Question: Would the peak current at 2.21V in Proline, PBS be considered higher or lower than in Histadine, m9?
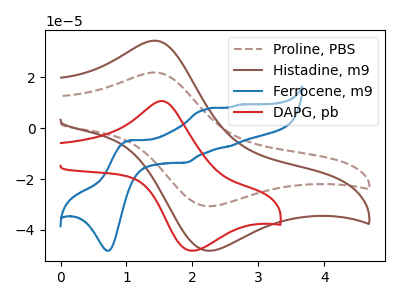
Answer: <think>The brown dashed curve "Proline, PBS" has an anodic peak at (1.45V, 21.90uA) and a cathodic peak at (2.20V, -30.60uA). The brown curve "Histadine, m9" has an anodic peak at (1.45V, 34.40uA) and a cathodic peak at (2.20V, -48.10uA). The blue curve "Ferrocene, m9" has anodic peaks at (1.05V, -4.80uA) (2.20V, 7.55uA) (2.55V, -7.05uA) (2.70V, 9.20uA) and cathodic peaks at (0.75V, -48.15uA) (1.90V, -13.50uA). The red curve "DAPG, pb" has an anodic peak at (1.55V, 10.65uA) and a cathodic peak at (2.00V, -48.15uA).</think>
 <answer>The peak at 2.21V is lower in "Proline, PBS" than in "Histadine, m9".</answer>
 <eval>lower</eval>